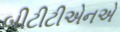
બીટીટીએનએ